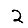
Digit: 2